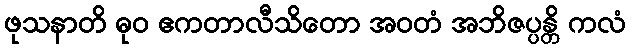
ဖုသနာတိ ဓုဝ ဧကတာလီသိတော အဝတံ အဘိဇပ္ပန္တိ ကလံ